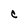
Character: C